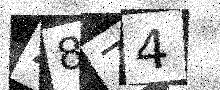
Text: Z874